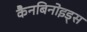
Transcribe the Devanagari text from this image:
कैनबिनोइड्स